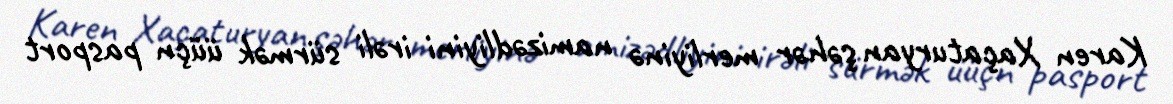
Karen Xaçaturyan şəhər merliyinə namizədliyini irəli sürmək üüçn pasport